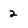
Character: 2